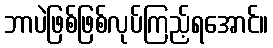
ဘာပဲဖြစ်ဖြစ်လုပ်ကြည့်ရအောင်။